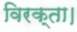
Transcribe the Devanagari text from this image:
विरक्ता।